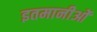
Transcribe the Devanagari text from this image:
इतमानीओं